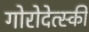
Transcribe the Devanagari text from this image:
गोरोदेत्स्की